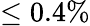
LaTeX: \leq 0.4\%